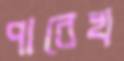
পারেখ